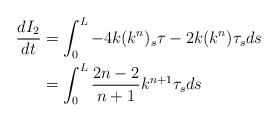
\begin{align*} \frac{d I_2}{dt} &= \int_0^L -4k (k^n)_s \tau - 2k(k^n)\tau_s ds \\ &= \int_0^L \frac{2n-2}{n+1} {k^{n+1}} \tau_s ds\end{align*}